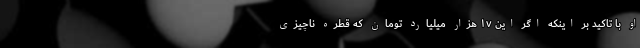
او با تاکید بر اینکه اگر این ۱۷ هزار میلیارد تومان که قطره ناچیزی